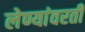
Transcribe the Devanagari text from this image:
लेण्यांवरती